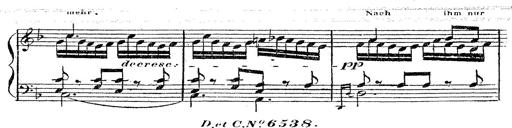
Title: 12 Lieder von Franz Schubert
Composer: Franz Liszt